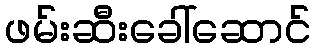
ဖမ်းဆီးခေါ်ဆောင်